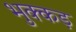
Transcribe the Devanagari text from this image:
भुक्कड़